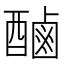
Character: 𮠾